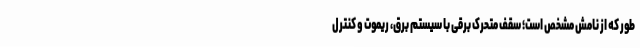
طور که از نامش مشخص است؛ سقف متحرک برقی با سیستم برق، ریموت و کنترل